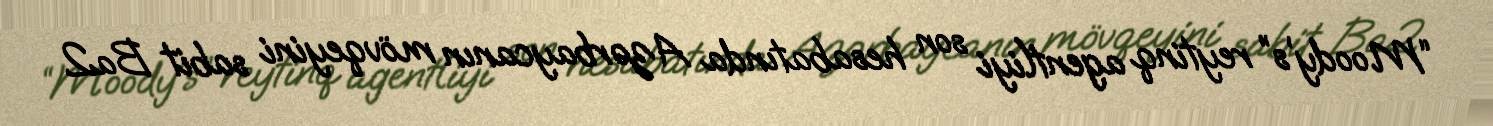
“Moody’s” reytinq agentliyi son hesabatında Azərbaycanın mövqeyini sabit Ba2